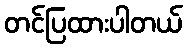
တင်ပြထားပါတယ်